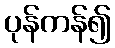
ပုန်ကန်၍